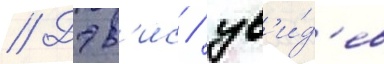
// Дэв'ис / ув'и́д'ев